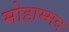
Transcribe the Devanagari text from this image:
मोहाम्मद